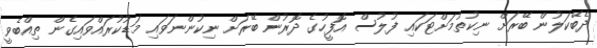
ދެބޭކަލުން ބޭރަށް ނިކުތުމަށްޓަކައި ފުލުސް އޮފީހުގެ ދޮރުން ބޭރަށް ނިކުންނަވައި މަޑުކުރައްވައިގެން ތިއްބެވީ